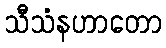
သီသံနဟာတော